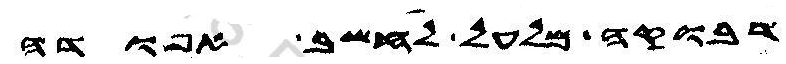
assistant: דבוקה מלעל לחשב אפודה